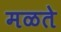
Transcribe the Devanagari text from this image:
मळते